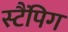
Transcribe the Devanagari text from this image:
स्टैंपिग